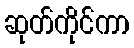
ဆုတ်ကိုင်ကာ